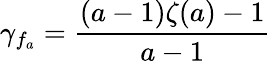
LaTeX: \gamma_{f_{a}}={\frac{(a-1)\zeta(a)-1}{a-1}}